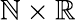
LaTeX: \mathbb{N}\times\mathbb{R}